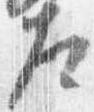
左